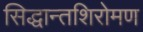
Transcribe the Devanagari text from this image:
सिद्धान्तशिरोमण